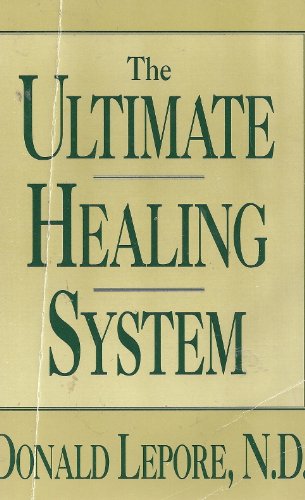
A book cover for The Ultimate Healing System; Don Lepore; Parenting & Relationships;